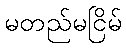
မတည်မငြိမ်